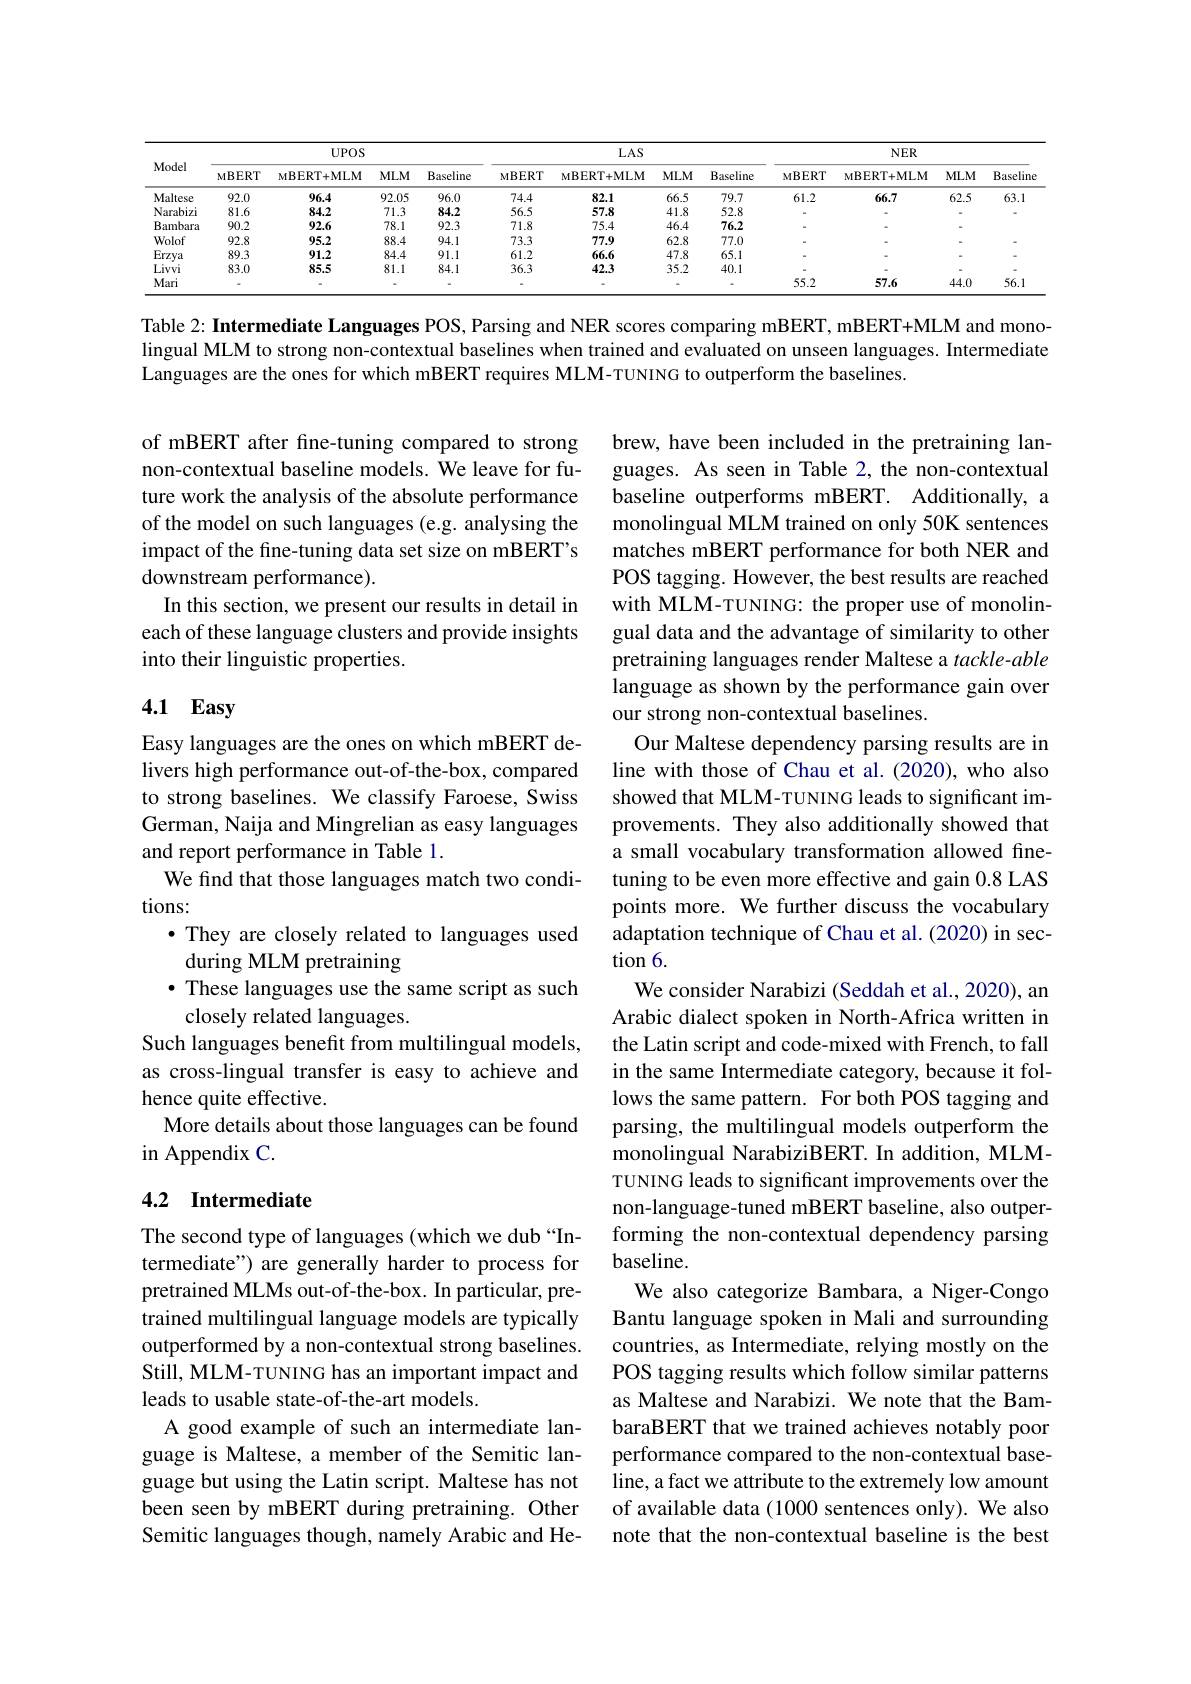
<table>
	<tbody>
		<tr>
			<th rowspan="2">Model</th>
			<th colspan="3">$UPOS$</th>
			<th> </th>
			<th colspan="4">$LAS$</th>
			<th colspan="4">$NER$</th>
		</tr>
		<tr>
			<th>$MBERT$</th>
			<th>$MBERT+MLM$</th>
			<th>$MLM$</th>
			<th>Baseline</th>
			<th>$MBERT$</th>
			<th>$MBERT+MLM$</th>
			<th>$MLM$</th>
			<th>Baseline</th>
			<th>$MBERT$</th>
			<th>MBERT+ MLM</th>
			<th>$MLM$</th>
			<th>Baseline</th>
		</tr>
		<tr>
			<td>Maltese</td>
			<td>92.0</td>
			<td>96.4</td>
			<td>92.05</td>
			<td>96.0</td>
			<td>74.4</td>
			<td>82.1</td>
			<td>66.5</td>
			<td>79.7</td>
			<td>61.2</td>
			<td>66.7</td>
			<td>62.5</td>
			<td>63.1</td>
		</tr>
		<tr>
			<td>Narabizi</td>
			<td>81.6</td>
			<td>84.2</td>
			<td>71.3</td>
			<td>84.2</td>
			<td>56.5</td>
			<td>57.8</td>
			<td>41.8</td>
			<td>52.8</td>
			<td> </td>
			<td> </td>
			<td> </td>
			<td> </td>
		</tr>
		<tr>
			<td>Bambara</td>
			<td>90.2</td>
			<td>92.6</td>
			<td>78.1</td>
			<td>92.3</td>
			<td>71.8</td>
			<td>75.4</td>
			<td>46.4</td>
			<td>76.2</td>
			<td> </td>
			<td> </td>
			<td> </td>
			<td> </td>
		</tr>
		<tr>
			<td>Wolof</td>
			<td>92.8</td>
			<td>95.2</td>
			<td>88.4</td>
			<td>94.1</td>
			<td>73.3</td>
			<td>77.9</td>
			<td>62.8</td>
			<td>77.0</td>
			<td> </td>
			<td> </td>
			<td> </td>
			<td> </td>
		</tr>
		<tr>
			<td>Erzya</td>
			<td>89.3</td>
			<td>91.2</td>
			<td>84.4</td>
			<td>91.1</td>
			<td>61.2</td>
			<td>66.6</td>
			<td>47.8</td>
			<td>65.1</td>
			<td> </td>
			<td> </td>
			<td> </td>
			<td> </td>
		</tr>
		<tr>
			<td>Livvi</td>
			<td>83.0</td>
			<td>85.5</td>
			<td>81.1</td>
			<td>84.1</td>
			<td>36.3</td>
			<td>42.3</td>
			<td>35.2</td>
			<td>40.1</td>
			<td> </td>
			<td> </td>
			<td> </td>
			<td> </td>
		</tr>
		<tr>
			<td>Mari</td>
			<td> </td>
			<td> </td>
			<td> </td>
			<td> </td>
			<td> </td>
			<td> </td>
			<td> </td>
			<td> </td>
			<td>55.2</td>
			<td>57.6</td>
			<td>44.0</td>
			<td>56.1</td>
		</tr>
	</tbody>
</table>

Table 2: Intermediate Languages POS, Parsing and NER scores comparing mBERT, mBERT+MLM and monolingual MLM to strong non-contextual baselines when trained and evaluated on unseen languages. Intermediate Languages are the ones for which mBERT requires MLM-TUNING to outperform the baselines.

of mBERT after fine-tuning compared to strong non-contextual baseline models. We leave for future work the analysis of the absolute performance of the model on such languages (e.g. analysing the impact of the fine-tuning data set size on mBERT's downstream performance).
In this section, we present our results in detail in each of these language clusters and provide insights into their linguistic properties.

# 4.1 Easy

Easy languages are the ones on which mBERT delivers high performance out-of-the-box, compared to strong baselines. We classify Faroese, Swiss German, Naija and Mingrelian as easy languages and report performance in Table 1.
We find that those languages match two condi-
tions:
·They are closely related to languages used
during MLM pretraining
· These languages use the same script as such
closely related languages.
Such languages benefit from multilingual models, as cross-lingual transfer is easy to achieve and hence quite effective.
More details about those languages can be found
in Appendix C.

brew, have been included in the pretraining languages. As seen in Table 2, the non-contextual baseline outperforms mBERT. Additionally, a monolingual MLM trained on only 50K sentences matches mBERT performance for both NER and POS tagging. However, the best results are reached with MLM-TUNING: the proper use of monolingual data and the advantage of similarity to other pretraining languages render Maltese a tackle-able language as shown by the performance gain over our strong non-contextual baselines.
Our Maltese dependency parsing results are in line with those of Chau et al. (2020), who also showed that MLM-TUNING leads to significant improvements. They also additionally showed that a small vocabulary transformation allowed finetuning to be even more effective and gain 0.8 LAS points more. We further discuss the vocabulary adaptation technique of Chau et al. (2020) in section 6.
We consider Narabizi (Seddah et al., 2020), an Arabic dialect spoken in North-Africa written in the Latin script and code-mixed with French, to fall in the same Intermediate category, because it follows the same pattern. For both POS tagging and parsing, the multilingual models outperform the monolingual NarabiziBERT. In addition, MLMTUNING leads to significant improvements over the non-language-tuned mBERT baseline, also outperforming the non-contextual dependency parsing baseline.
We also categorize Bambara, a Niger-Congo Bantu language spoken in Mali and surrounding countries, as Intermediate, relying mostly on the POS tagging results which follow similar patterns as Maltese and Narabizi. We note that the BambaraBERT that we trained achieves notably poor performance compared to the non-contextual baseline, a fact we attribute to the extremely low amount of available data(1000 sentences only). We also note that the non-contextual baseline is the best

### 4.2 Intermediate

The second type of languages (which we dub “Intermediate") are generally harder to process for pretrained MLMs out-of-the-box. In particular, pretrained multilingual language models are typically outperformed by a non-contextual strong baselines. Still, MLM-TUNING has an important impact and leads to usable state-of-the-art models.
A good example of such an intermediate language is Maltese, a member of the Semitic language but using the Latin script. Maltese has not been seen by mBERT during pretraining. Other Semitic languages though, namely Arabic and He-